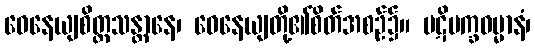
ဝေနေယျစိတ္တသန္တာနေ၊ ဝေနေယျတို့၏စိတ်အစဉ်၌။ ပဋိပက္ခဓမ္မာနံ၊